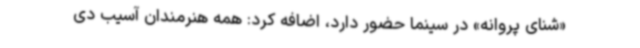
«شنای پروانه» در سینما حضور دارد، اضافه کرد: همه هنرمندان آسیب دی